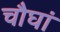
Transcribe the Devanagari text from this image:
चौघां